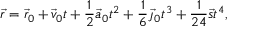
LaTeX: { \vec { r } } = { \vec { r } } _ { 0 } + { \vec { v } } _ { 0 } t + { \frac { 1 } { 2 } } { \vec { a } } _ { 0 } t ^ { 2 } + { \frac { 1 } { 6 } } { \vec { \jmath } } _ { 0 } t ^ { 3 } + { \frac { 1 } { 2 4 } } { \vec { s } } t ^ { 4 } ,